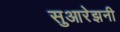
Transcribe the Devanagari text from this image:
सुआरेझनी